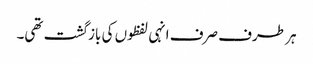
ہر طرف صرف انہی لفظوں کی بازگشت تھی۔